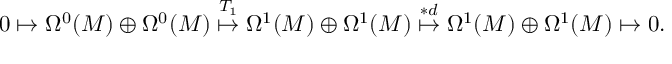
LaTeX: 0 \mapsto \Omega ^ { 0 } ( M ) \oplus \Omega ^ { 0 } ( M ) \stackrel { T _ { 1 } } { \mapsto } \Omega ^ { 1 } ( M ) \oplus \Omega ^ { 1 } ( M ) \stackrel { * d } { \mapsto } \Omega ^ { 1 } ( M ) \oplus \Omega ^ { 1 } ( M ) \mapsto 0 .